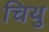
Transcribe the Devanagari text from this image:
चिथु